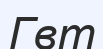
Гвт